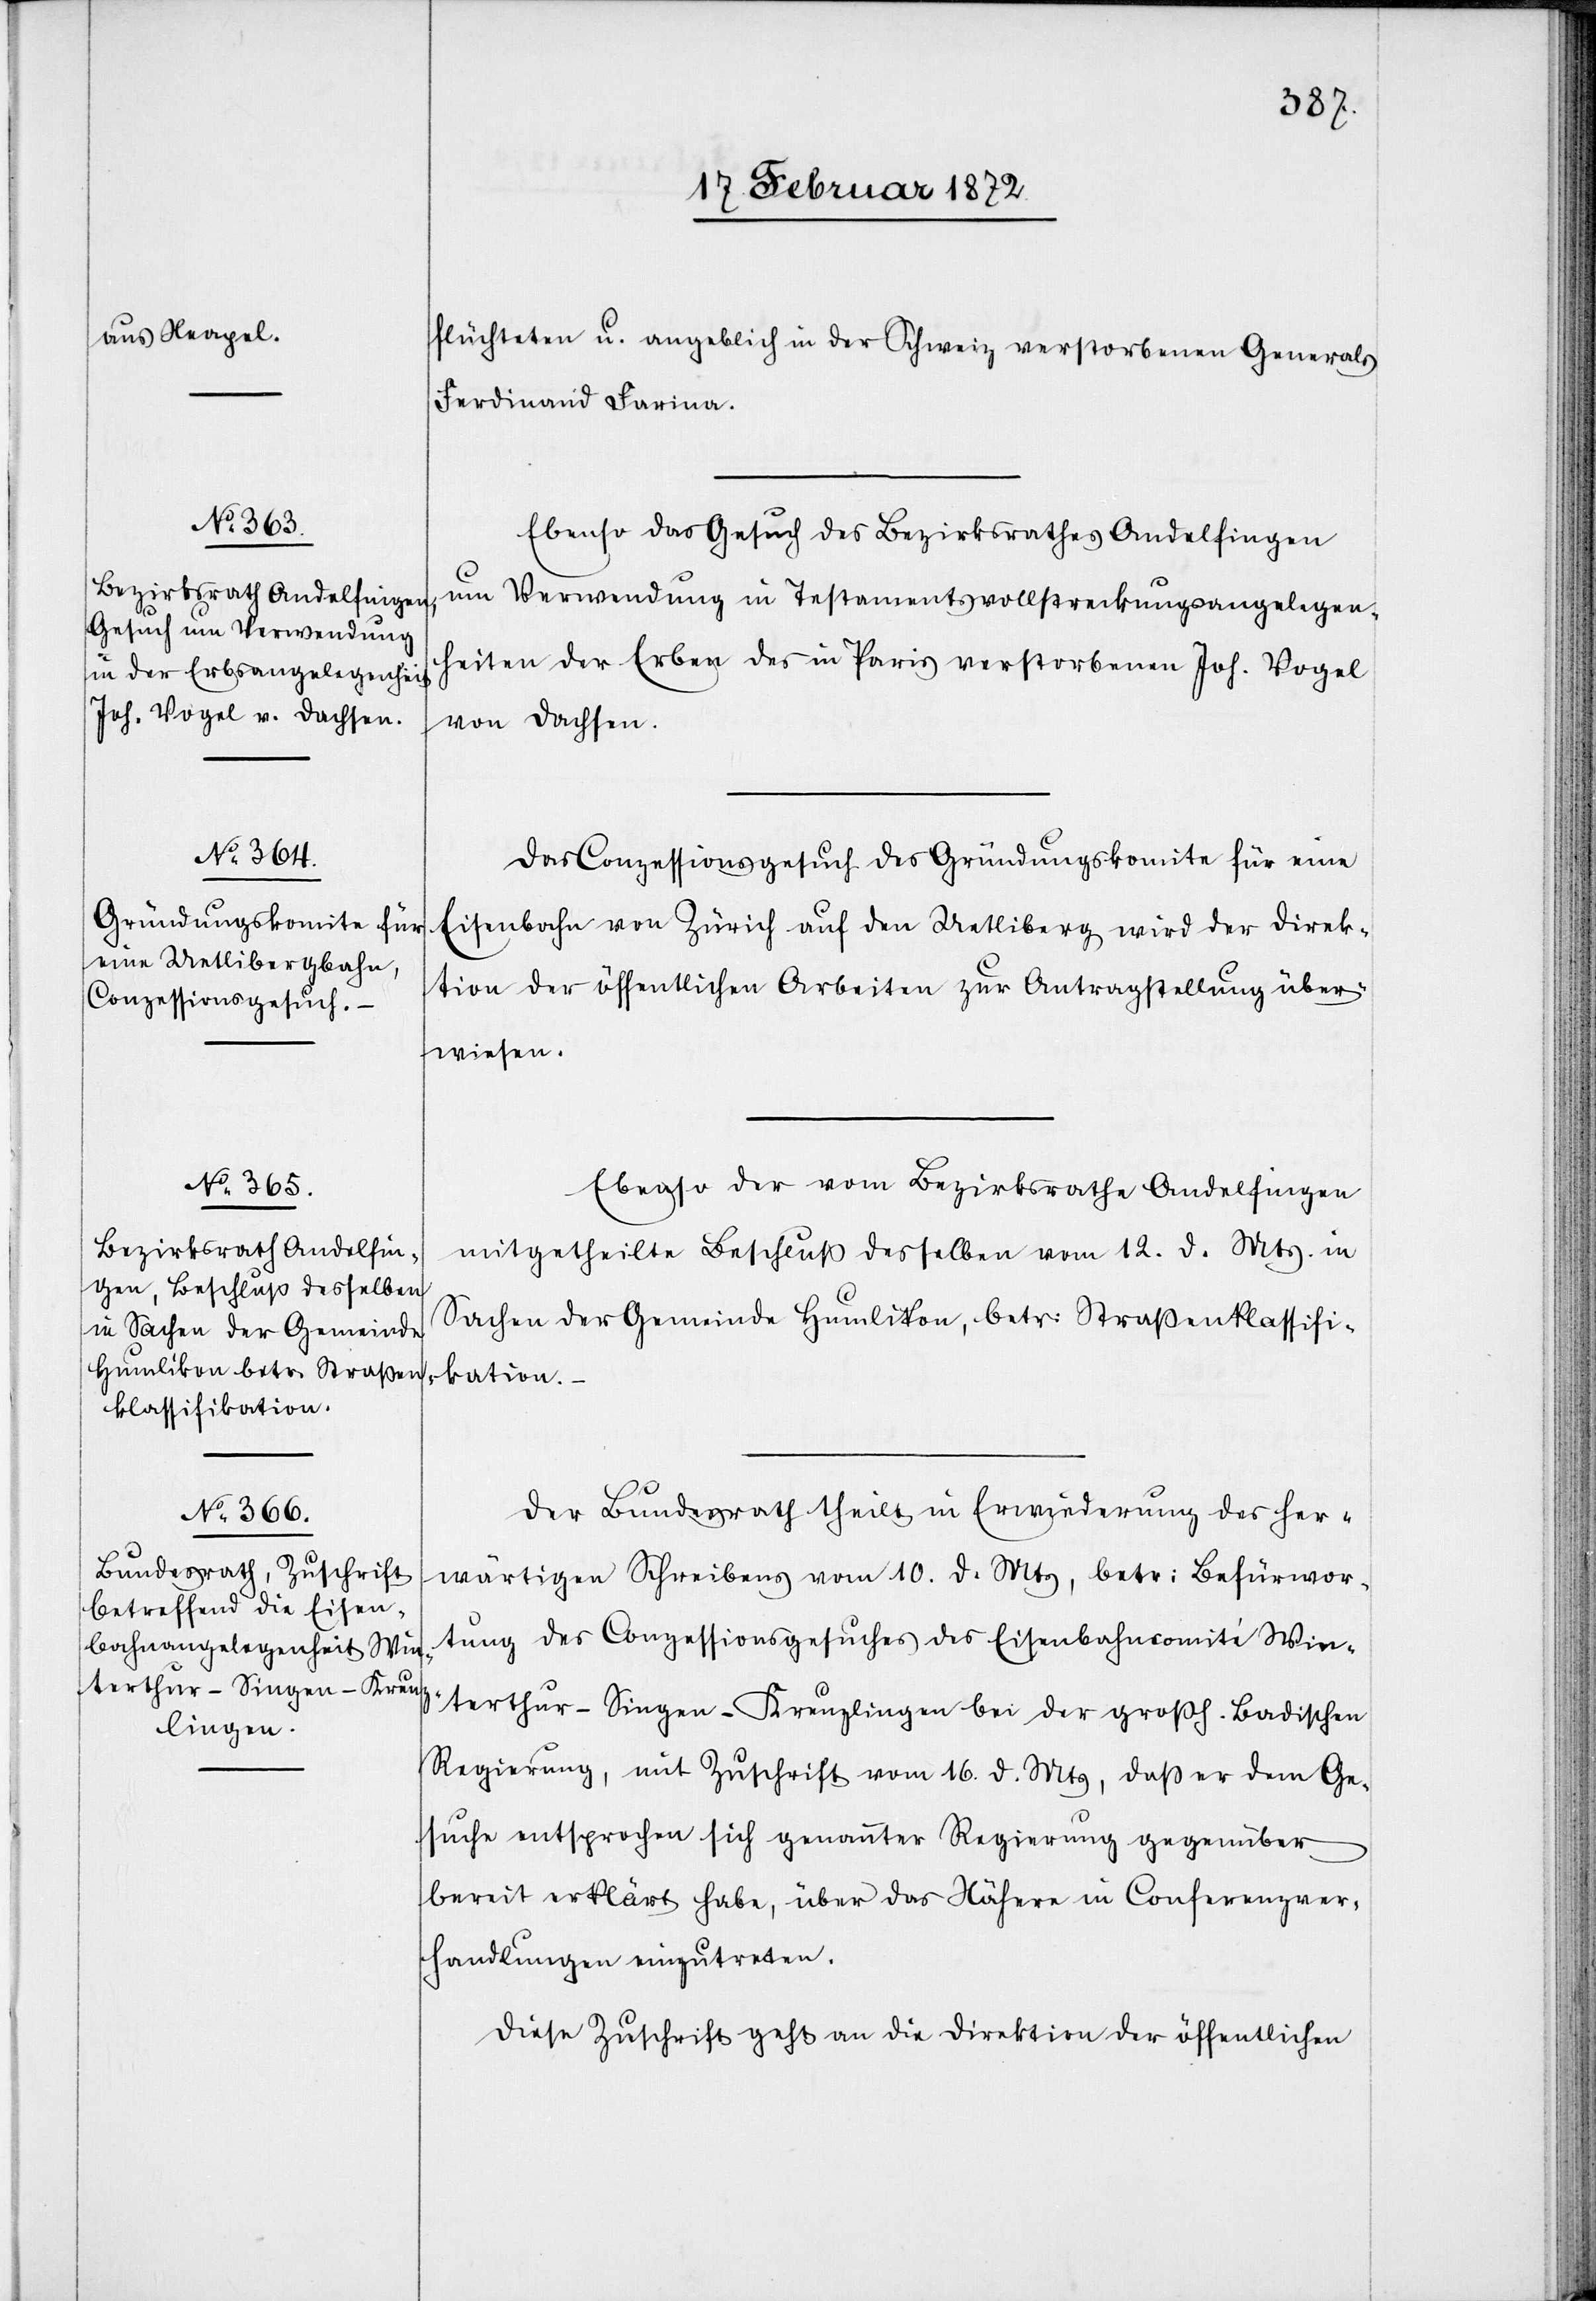
Ebenso das Gesuch des Bezirksrathes Andelfingen
um Verwendung in Testamentsvollstreckungsangelegen¬
heiten der Erben des in Paris verstorbenen Joh. Vogel
von Dachsen.
Das Conzessionsgesuch des Gründungskomite für eine
Eisenbahn von Zürich auf den Uetliberg wird der Direk¬
tion der öffentlichen Arbeiten zur Antragstellung über¬
wiesen.
Ebenso der vom Bezirksrathe Andelfingen
mitgetheilte Beschluß desselben vom 12. d. Mts. in
Sachen der Gemeinde Humlikon, betr. Straßenklassifi¬
kation.
Der Bundesrath theilt in Erwiederung des her¬
wärtigen Schreibens vom 10. d. Mts, betr. Befürwor¬
tung des Conzessionsgesuches des Eisenbahncomité Win¬
terthur–Singen–Kreuzlingen bei der großh. Badischen
Regierung, mit Zuschrift vom 16. d. Mts, daß er dem Ge¬
suche entsprochen sich genannter Regierung gegenüber
bereit erklärt habe, über das Nähere in Conferenzver¬
handlungen einzutreten.
Diese Zuschrift geht an die Direktion der öffentlichen